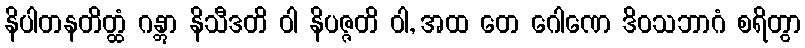
နိပါတနတိတ္ထံ ဂန္တွာ နိသီဒတိ ဝါ နိပဇ္ဇတိ ဝါ, အထ တေ ဂေါဏေ ဒိဝသဘာဂံ စရိတွာ